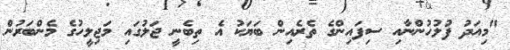
"މިއަދު ފުލުހުންނާއި ސިފައިންގެ ތެރެއިން ބަޔަކު އެ ތިބެނީ ޖަލުގައި މަޖިލީހުގެ މެންބަރުން